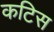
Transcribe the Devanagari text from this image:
कटिस